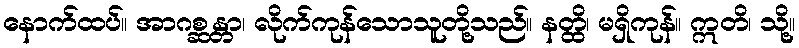
နောက်ထပ်။ အာဂစ္ဆန္တာ၊ လိုက်ကုန်သောသူတို့သည်။ နတ္ထိ၊ မရှိကုန်။ ဣတိ၊ သို့။